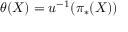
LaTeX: \theta ( X ) = u ^ { - 1 } ( \pi _ { * } ( X ) )